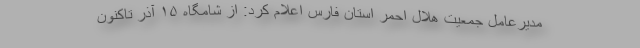
مدیرعامل جمعیت هلال احمر استان فارس اعلام کرد: از شامگاه ۱۵ آذر تاکنون